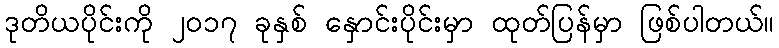
ဒုတိယပိုင်းကို ၂၀၁၇ ခုနှစ် နှောင်းပိုင်းမှာ ထုတ်ပြန်မှာ ဖြစ်ပါတယ်။